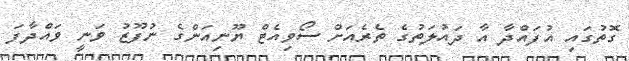
ގޮތުގައި އުފައްދާ އާ ދައުލަތުގެ ތެރެއަށް ސޯވިއެޓް ޔޫނިއަންގެ ނުފޫޒު ވަނީ ވައްދާފަ